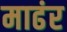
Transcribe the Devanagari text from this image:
माढंर